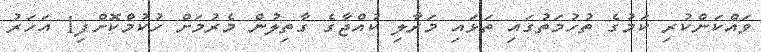
ވައްކަންކުރި ކަމުގެ ތުހުމަތުގައި ތަޅައި މަރާލި ކުއްޖާގެ ގާތިލުން މެރުމަށް ހުކުމްކޮށްފި1 އަހަރު